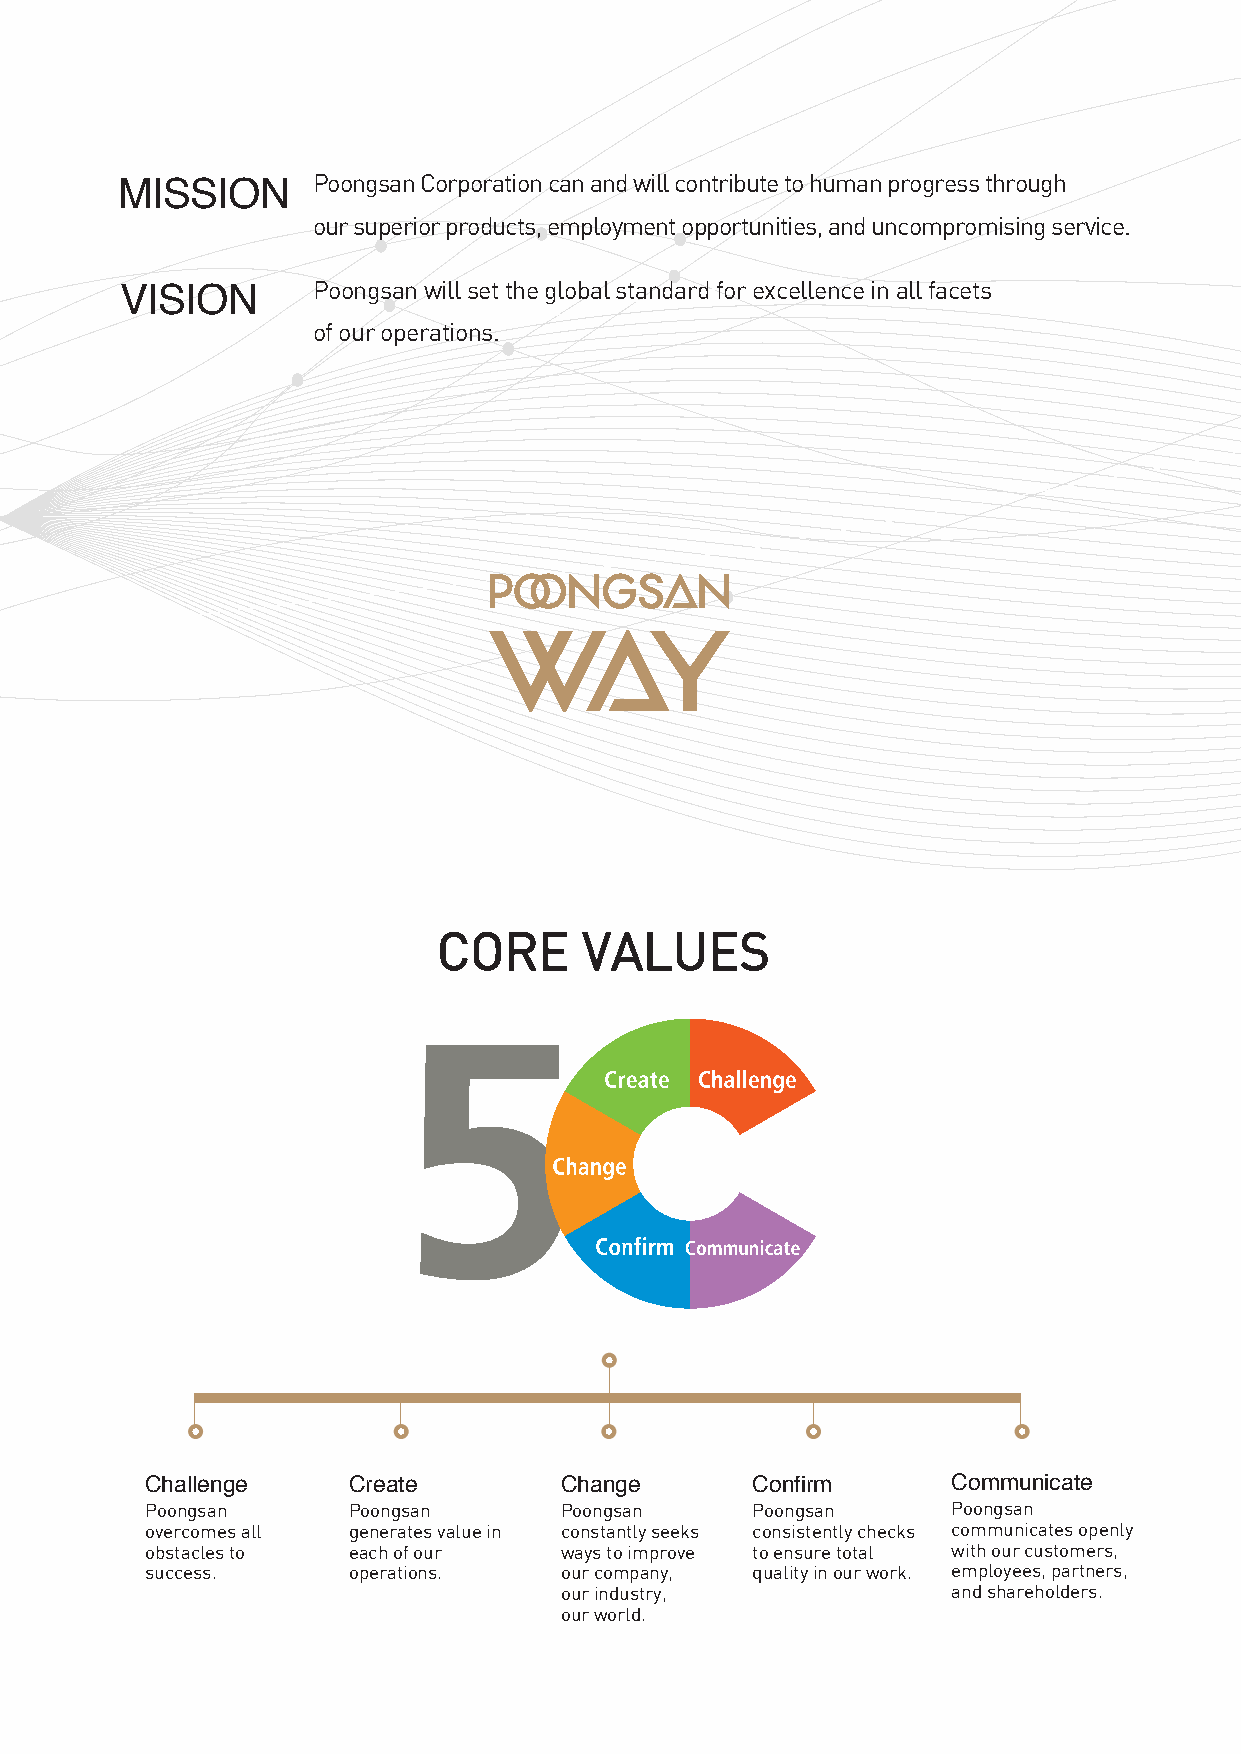
MISSION      Poongsan Corporation can and will contribute to human progress through
 our superior products, employment opportunities, and uncompromising service.
 VISION       Poongsan will set the global standard for excellence in all facets
 of our operations.
 CORE      VALUES
 Challenge    Create        Change       Confirm      Communicate
 Poongsan     Poongsan      Poongsan     Poongsan     Poongsan
 overcomes all generates value in constantly seeks consistently checks communicates openly
 obstacles to each of our   ways to improve to ensure total with our customers,
 success.     operations.   our company, quality in our work. employees, partners,
 our industry,             and shareholders.
 our world.